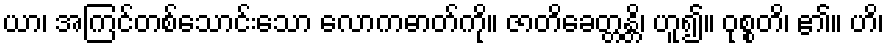
ယာ၊ အကြင်တစ်သောင်းသော လောကဓာတ်ကို။ ဇာတိခေတ္တန္တိ၊ ဟူ၍။ ဝုစ္စတိ၊ ၏။ ဟိ၊